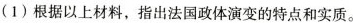
(1)根据以上材料，指出法国政体演变的特点和实质。